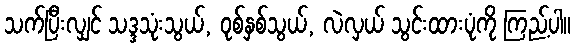
သက်ပြီးလျှင် သဒ္ဒသုံးသွယ်, ဝုစ်နှစ်သွယ်, လဲလှယ် သွင်းထားပုံကို ကြည့်ပါ။